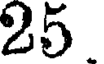
25